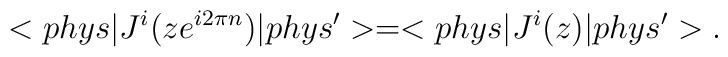
<phys|J^i(ze^{i2\pi n})|phys^{\prime }>=<phys|J^i(z)|phys^{\prime }>.